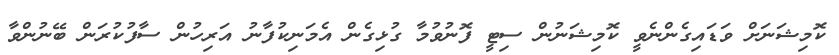
ކޮމިޝަނަށް ވަޑައިގެންނެވީ ކޮމިޝަނުން ސިޓީ ފޮނުވުމާ ގުޅިގެން އެމަނިކުފާނު އަރިހުން ސާފުކުރަން ބޭނުންވާ